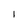
Character: 1